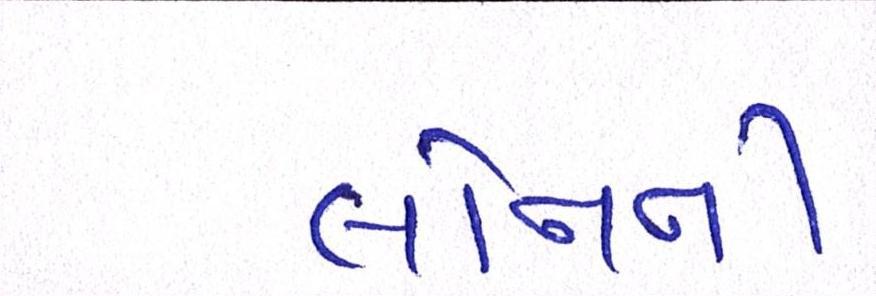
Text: લોનની